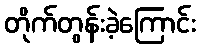
တိုက်တွန်းခဲ့ကြောင်း